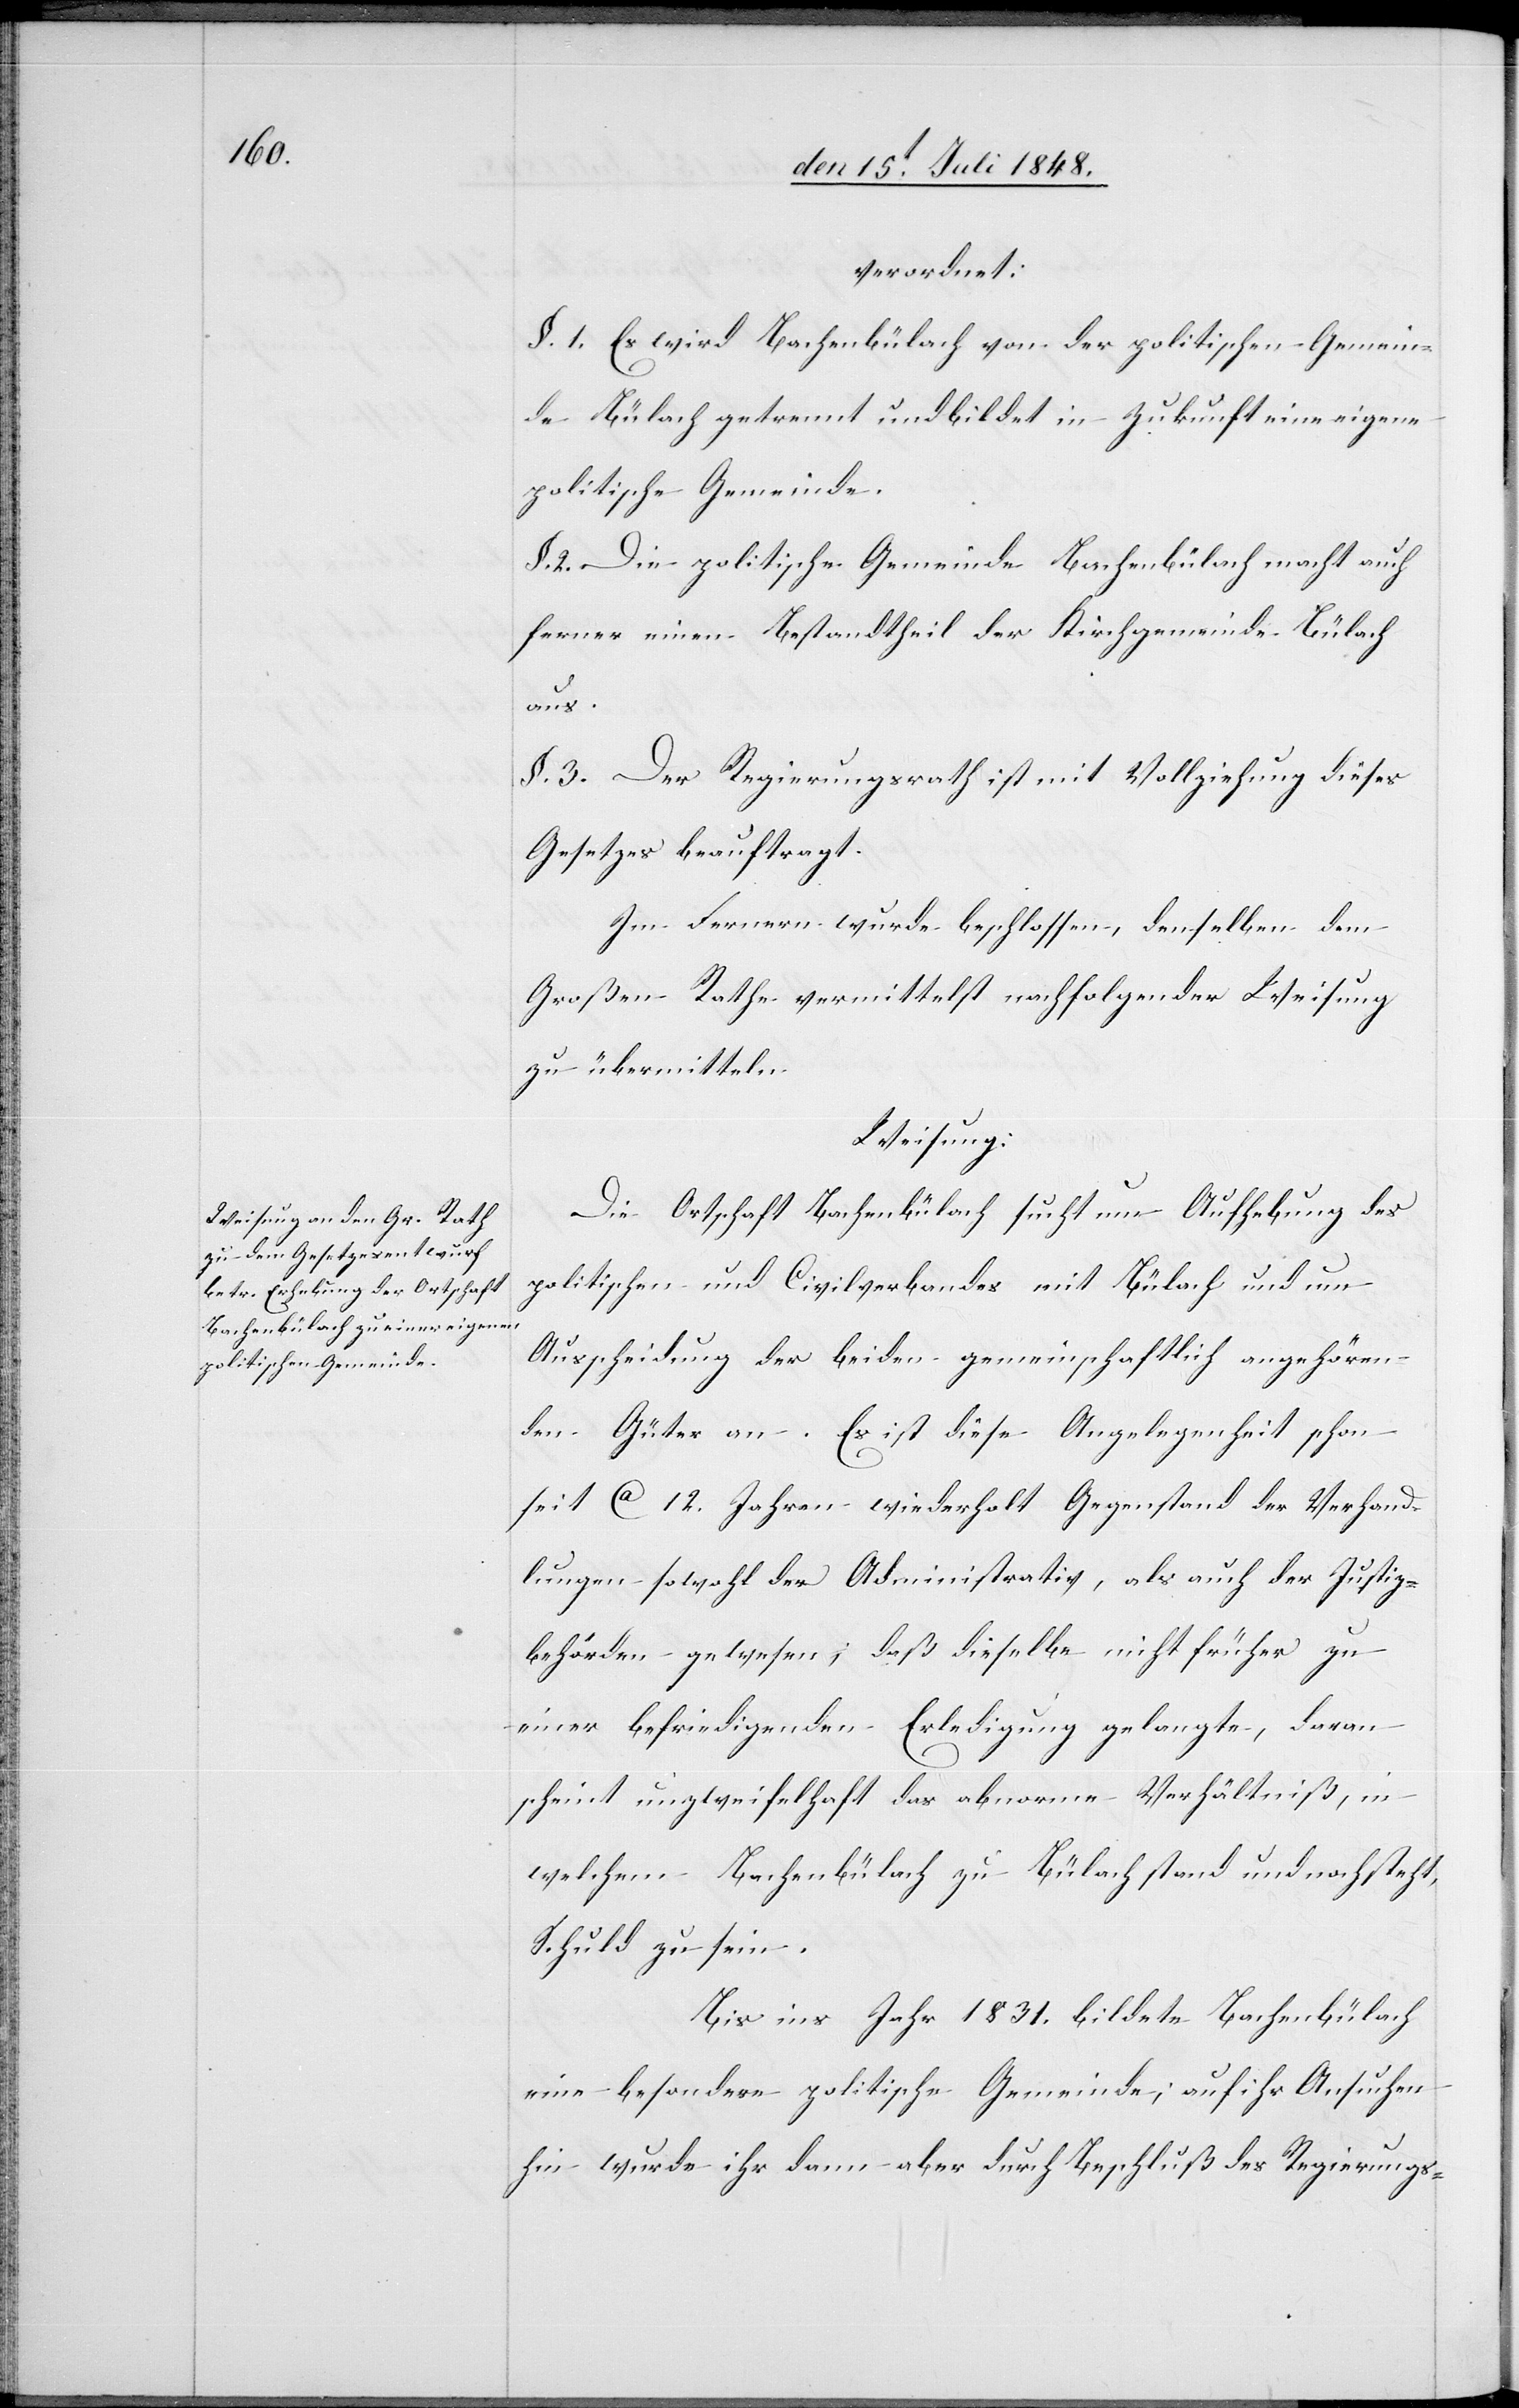
verordnet:
§. 1. Es wird Bachenbülach von der politischen Gemein¬
de Bülach getrennt und bildet in Zukunft eine eigene
politische Gemeinde.
§. 2. Die politische Gemeinde Bachenbülach macht auch
ferner einen Bestandtheil der Kirchgemeinde Bülach
aus.
§. 3. Der Regierungsrath ist mit Vollziehung dieses
Gesetzes beauftragt.
Im Fernern wurde beschlossen, denselben dem
Großen Rathe vermittelst nachfolgender Weisung
zu übermitteln.
Weisung:
Die Ortschaft Bachenbülach sucht um Aufhebung des
politischen und Civilverbandes mit Bülach und um
Ausscheidung der beiden gemeinschaftlich angehören¬
den Güter an. Es ist diese Angelegenheit schon
seit ca. 12. Jahren wiederholt Gegenstand der Verhand¬
lungen sowohl der Administrativ, als auch der Justiz¬
behörden gewesen; daß dieselbe nicht früher zu
einer befriedigenden Erledigung gelangte, daran
scheint unzweifelhaft das abnorme Verhältniß, in
welchem Bachenbülach zu Bülach stand und nachsteht,
Schuld zu sein.
Bis ins Jahr 1831. bildete Bachenbülach
eine besondere politische Gemeinde; auf ihr Ansuchen
hin wurde ihr dann aber durch Beschluß des Regierungs-